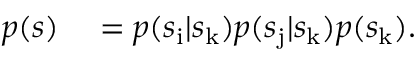
\begin{array} { r l } { p ( s ) } & { { } = p ( s _ { \mathrm { i } } | s _ { \mathrm { k } } ) p ( s _ { \mathrm { j } } | s _ { \mathrm { k } } ) p ( s _ { \mathrm { k } } ) . } \end{array}